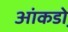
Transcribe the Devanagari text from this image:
आंकडो़